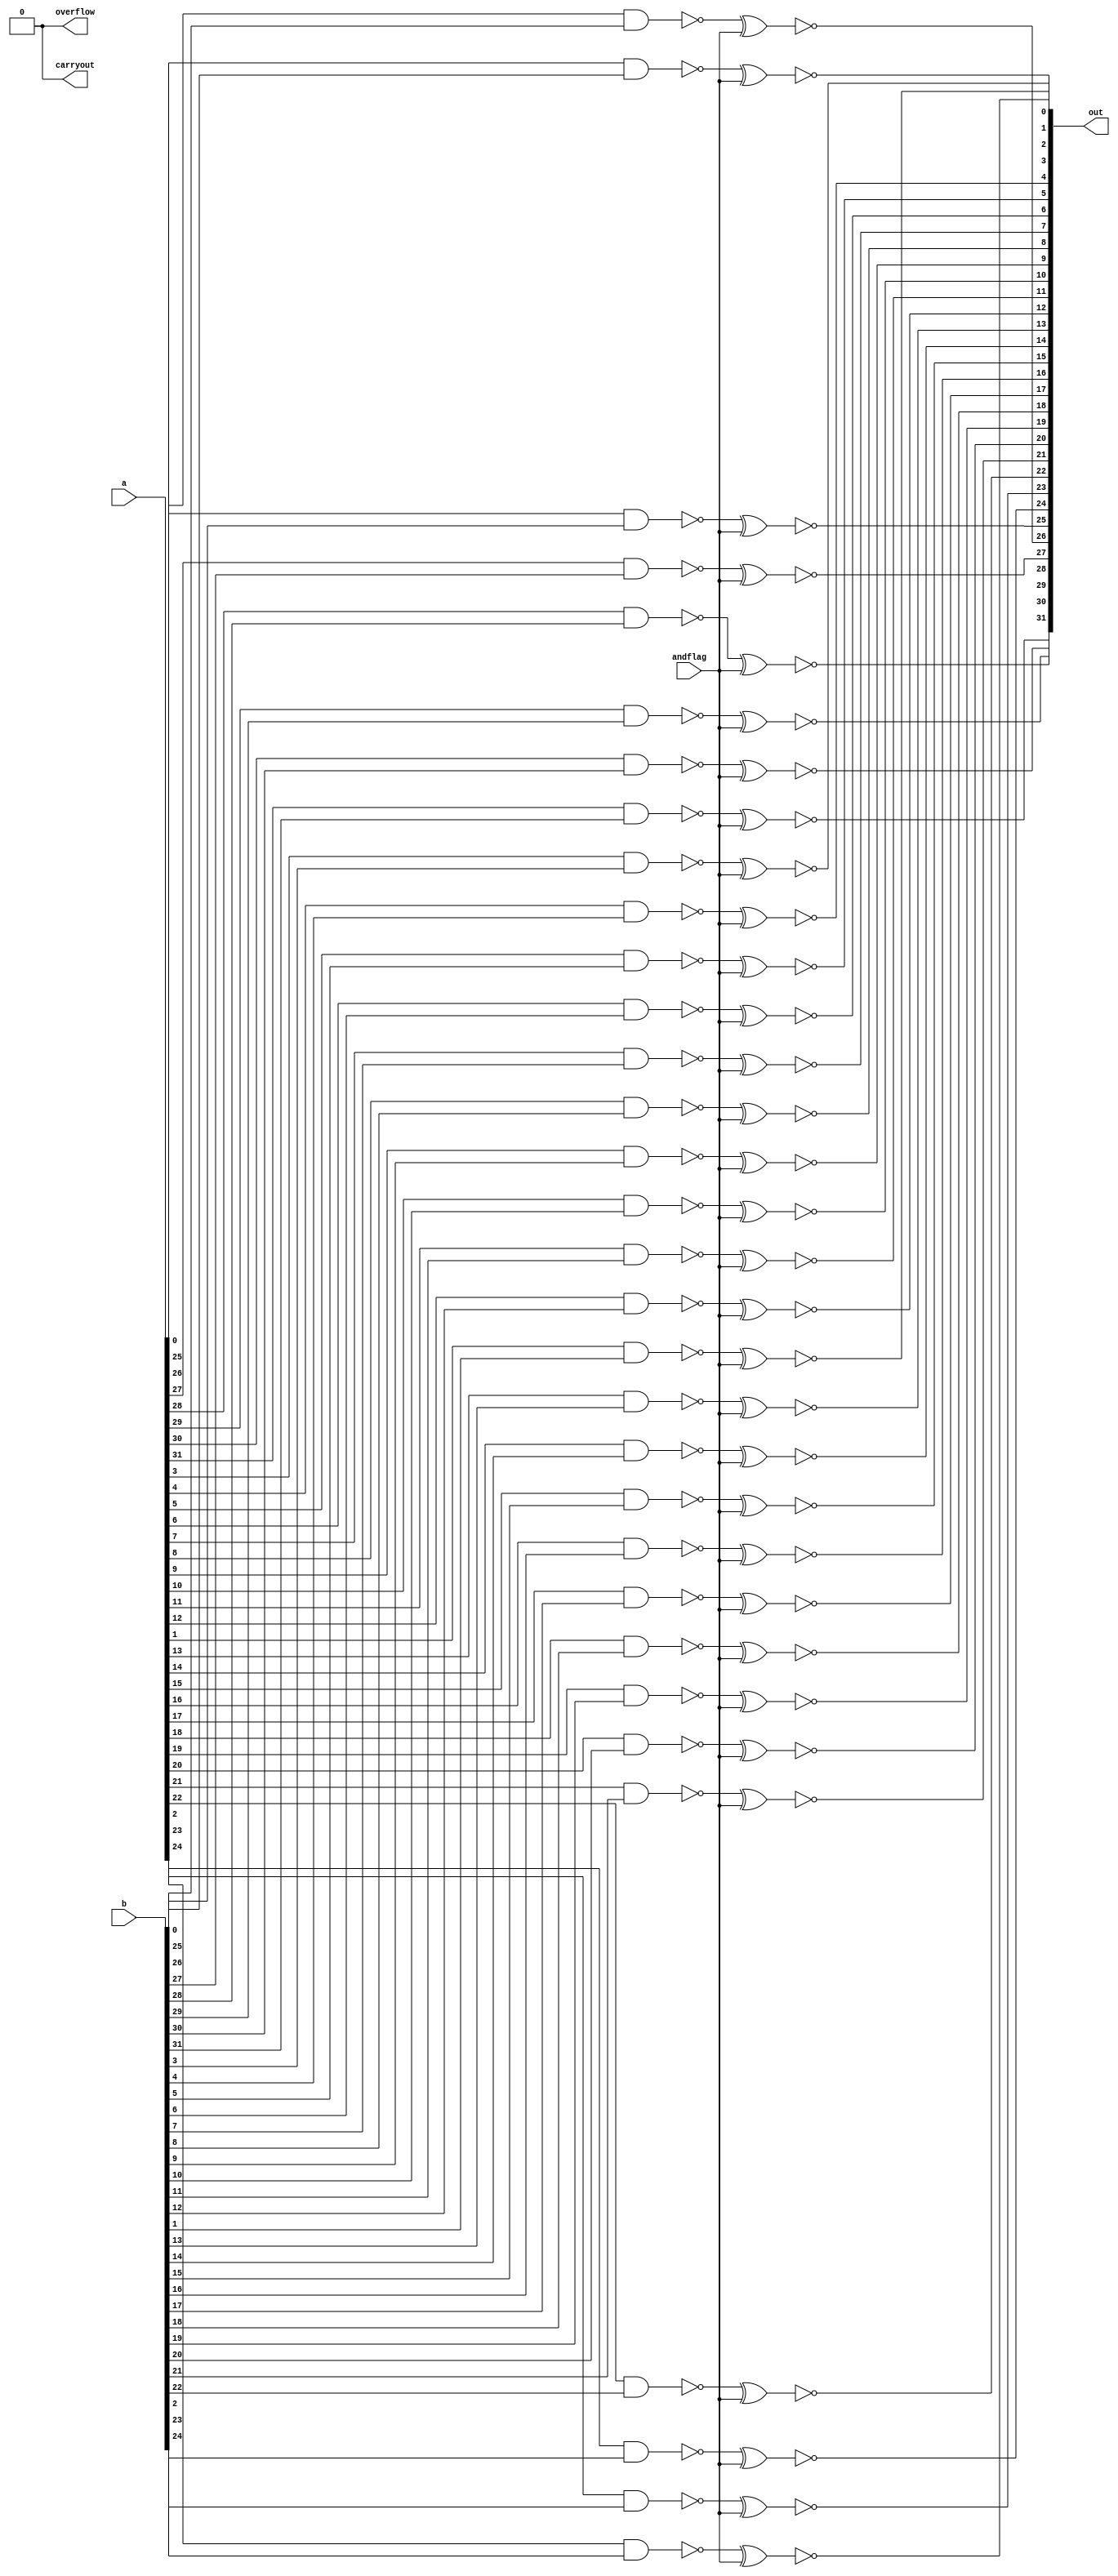
module full32BitAnd
(
  output[31:0] out,
  output carryout,
  output overflow,
  input[31:0] a,
  input[31:0] b,
  input andflag
);
  reg carryout = 0;
  reg overflow = 0;
  // Generate all the gates
  genvar i;
  generate
    for (i=0; i<32; i=i+1)
    begin:genblock
      wire _out;
      // NAND the inputs
      nand nandgate(_out, a[i], b[i]);
      // OR with andflag: if andflag, out will be NAND, otherwise out is AND
      xnor xnorgate(out[i], _out, andflag);
    end
  endgenerate

endmodule